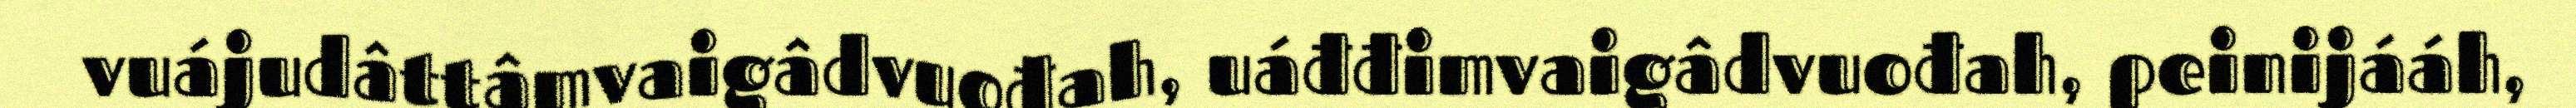
vuájudâttâmvaigâdvuođah, uáđđimvaigâdvuođah, peinijááh,